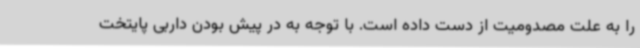
را به علت مصدومیت از دست داده است. با توجه به در پیش بودن داربی پایتخت